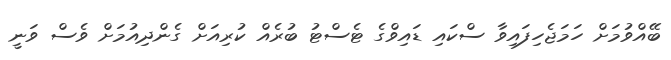
ބޭއްވުމަށް ހަމަޖެހިފައިވާ ސްކައި ޑައިވްގެ ޓެސްޓު ބުރެއް ކުރިއަށް ގެންދިއުމަށް ވެސް ވަނީ